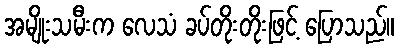
အမျိုးသမီးက လေသံ ခပ်တိုးတိုးဖြင့် ပြောသည်။